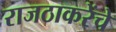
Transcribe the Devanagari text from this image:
राजठाकरेंचे